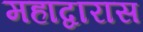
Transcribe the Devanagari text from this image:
महाद्वारास